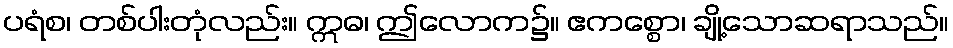
ပရံစ၊ တစ်ပါးတုံလည်း။ ဣဓ၊ ဤလောက၌။ ဧကစ္စော၊ ချို့သောဆရာသည်။